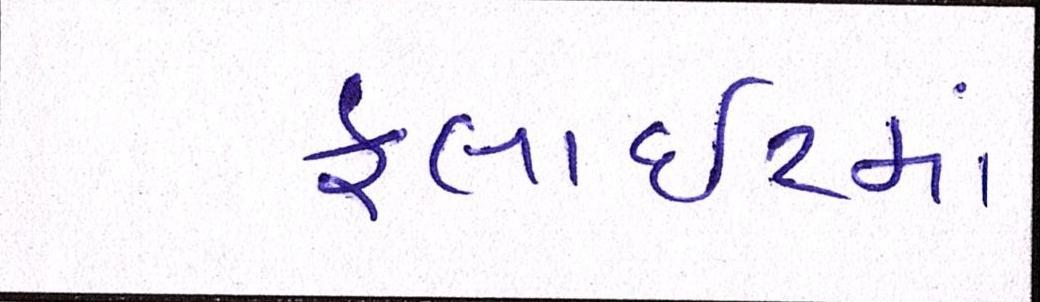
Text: ફ્લાઈટમાં